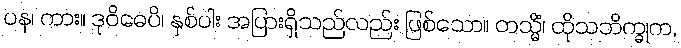
ပန၊ ကား။ ဒုဝိဓေပိ၊ နှစ်ပါး အပြားရှိသည်လည်း ဖြစ်သော။ တသ္မိံ၊ ထိုသဘိက္ခုက,